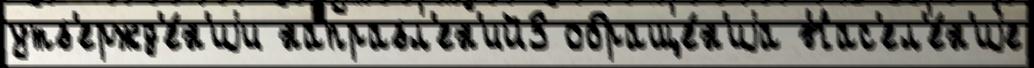
утв'ержд'е́н'иjи направл'ен'ий3 обраще́н'иjа Нас'ел'е́н'иjе